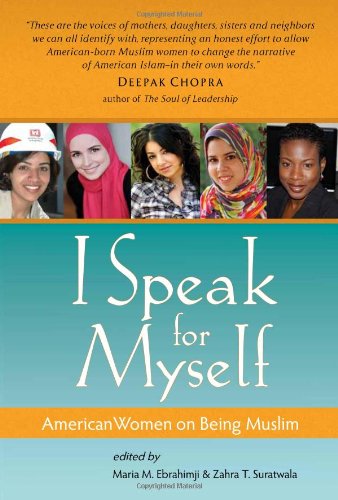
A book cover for I Speak for Myself: American Women on Being Muslim; Religion & Spirituality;